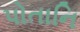
પોતાનિ